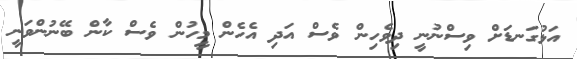
އަޅުގަނޑަށް ވިސްނުނީ ދިވެހިން ވެސް އަދި އެހެން މީހުން ވެސް ކާން ބޭނުންވަނީ